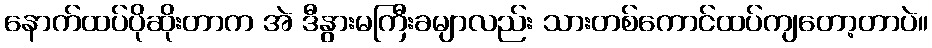
နောက်ထပ်ပိုဆိုးတာက အဲ ဒီနွားမကြီးခမျာလည်း သားတစ်ကောင်ထပ်ကျတော့တာပဲ။